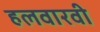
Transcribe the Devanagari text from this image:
हलवारवी